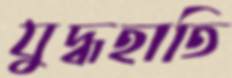
যুদ্ধহাতি